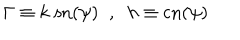
\Gamma \equiv k \; \mathrm { s n } ( \psi ) \; \; , \; \; h \equiv \mathrm { c n } ( \psi )